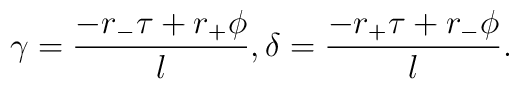
\gamma = { {-r_- \tau + r_+ \phi  } \over l },\delta = { {-r_+ \tau + r_- \phi } \over l }.